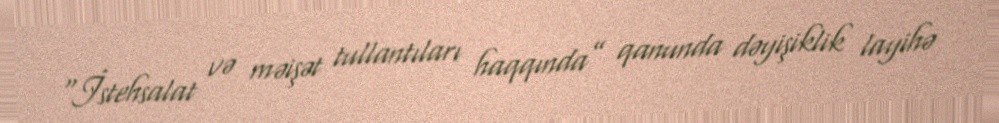
“İstehsalat və məişət tullantıları haqqında” qanunda dəyişiklik layihə